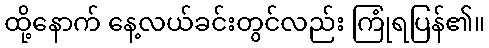
ထို့နောက် နေ့လယ်ခင်းတွင်လည်း ကြုံရပြန်၏။